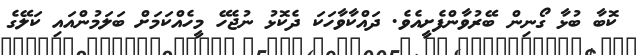
ކޮބާ ބުޅާ ގޯނިން ބޭރުވާންފެށީއެވެ. ދައްކާވާހަކަ ދެކޮޅު ނުޖެހޭ މީހެއްކަމަށް ބަލަމުންއައި ކަލޭގެ